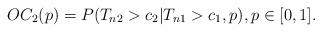
LaTeX: \begin{align*} OC_2(p) = P( T_{n2} > c_2 | T_{n1} > c_1, p), p \in [0,1].\end{align*}